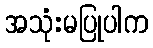
အသုံးမပြုပါက